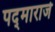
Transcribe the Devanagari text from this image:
पद्‌माराजे